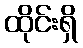
ထိုင်းရှိ